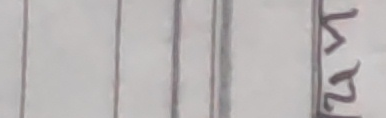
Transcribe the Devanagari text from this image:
तर